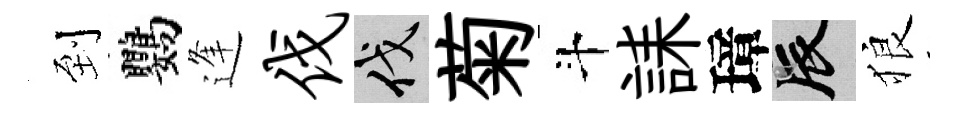
到鸚逢伐伐菊斗誄璋辰狼